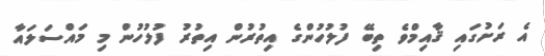
އެ ރަށުގައި ޤާއިމްވެ ތިބޭ ފުލުހުންގެ އިތުރުން އިތުރު ފުލުހުން މި މައްސަލައާ